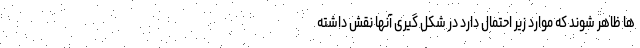
ها ظاهر شوند که موارد زیر احتمال دارد در شکل گیری آنها نقش داشته